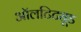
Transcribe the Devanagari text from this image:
ऑलटिट्यूड